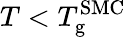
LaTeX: T<T_{\mathrm{g}}^{\mathrm{SMC}}